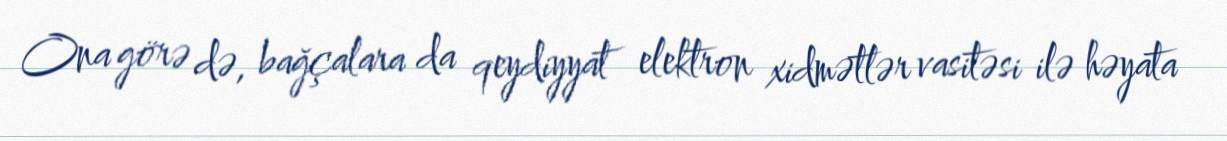
Ona görə də, bağçalara da qeydiyyat elektron xidmətlər vasitəsi ilə həyata